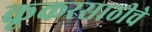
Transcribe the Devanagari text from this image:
कूकरसाठीचे